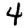
Digit: 4